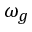
\omega _ { g }